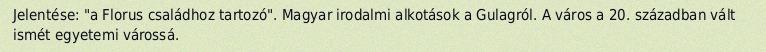
Jelentése: "a Florus családhoz tartozó". Magyar irodalmi alkotások a Gulagról. A város a 20. században vált ismét egyetemi várossá.